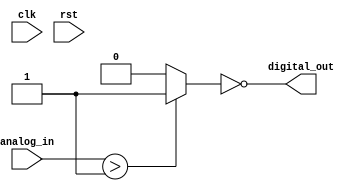
module Schmitt_trigger_inverter (
    input wire clk,
    input wire rst,
    input wire analog_in,
    output wire digital_out
);

wire schmitt_out;
wire inverter_out;

// Schmitt trigger 
assign schmitt_out = (analog_in > 1'b1) ? 1'b1 : 1'b0;

// Inverter
assign inverter_out = ~schmitt_out;

// Output
assign digital_out = inverter_out;

endmodule